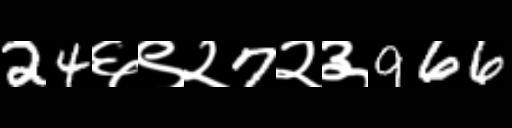
Text: 24६९२7२३966